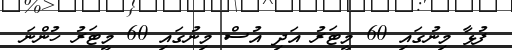
ފުޅާ މިނުގައި 60 މީޓަރު އަދި އުސް މިނުގައި 60 މީޓަރު ހުންނަ